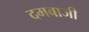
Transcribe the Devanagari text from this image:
दमबाजी